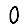
Digit: 0